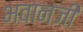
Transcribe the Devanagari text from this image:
भवानजी